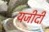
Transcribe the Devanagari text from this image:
यजीदी